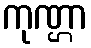
ကုဏ္ဌာ